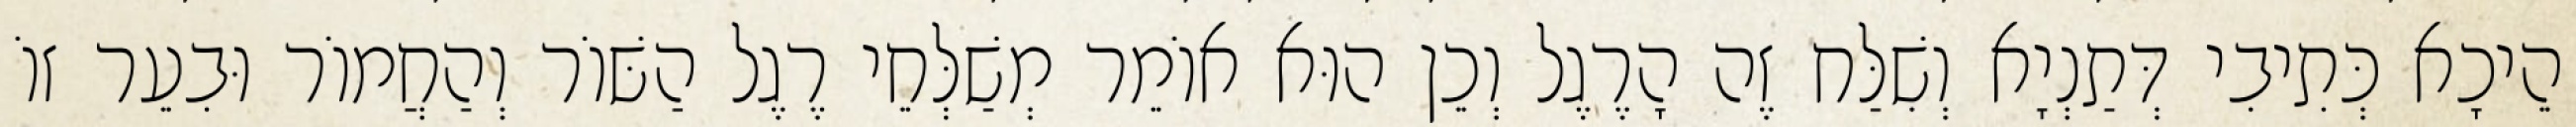
הֵיכָא כְּתִיבִי דְּתַנְיָא וְשִׁלַּח זֶה הָרֶגֶל וְכֵן הוּא אוֹמֵר מְשַׁלְּחֵי רֶגֶל הַשּׁוֹר וְהַחֲמוֹר וּבִעֵר זוֹ